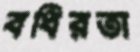
বধিরতা